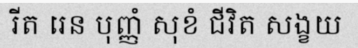
រីត រេន បុញ្ញំ សុខំ ជីវិត សង្ខយ